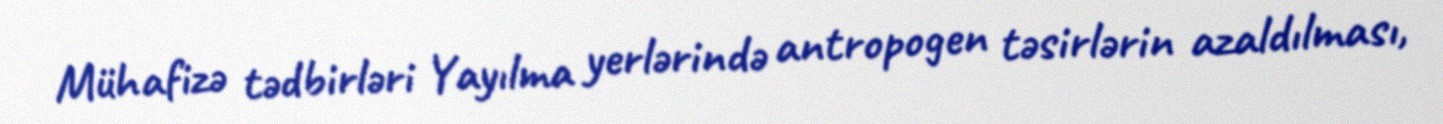
Mühafizə tədbirləri Yayılma yerlərində antropogen təsirlərin azaldılması,